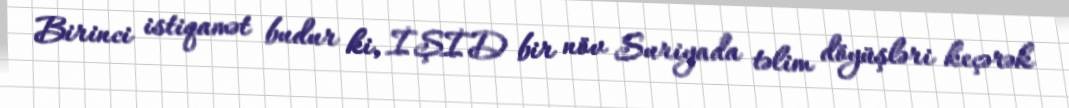
Birinci istiqamət budur ki, İŞİD bir növ Suriyada təlim döyüşləri keçərək